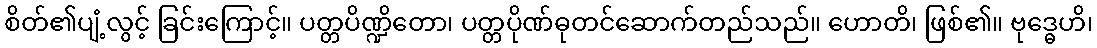
စိတ်၏ပျံ့လွင့် ခြင်းကြောင့်။ ပတ္တပိဏ္ဍိတော၊ ပတ္တပိုဏ်ဓုတင်ဆောက်တည်သည်။ ဟောတိ၊ ဖြစ်၏။ ဗုဒ္ဓေဟိ၊